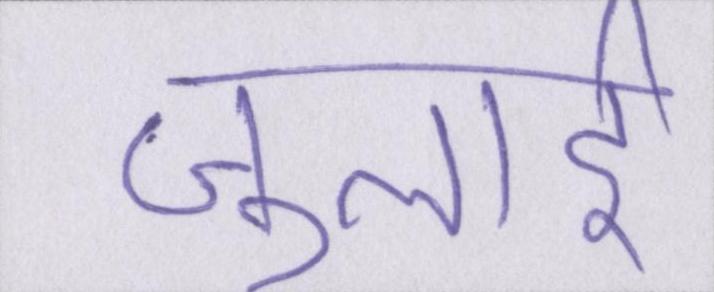
जुलाई